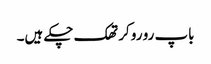
باپ رو رو کر تھک چکے ہیں۔